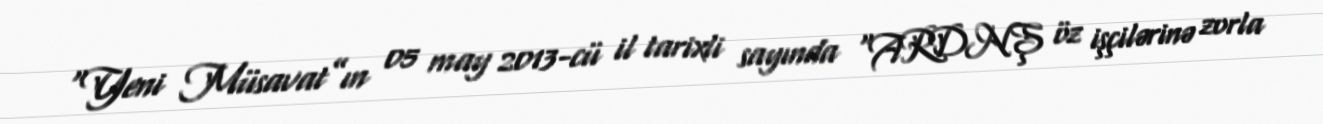
“Yeni Müsavat”ın 05 may 2013-cü il tarixli sayında “ARDNŞ öz işçilərinə zorla